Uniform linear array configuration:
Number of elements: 24
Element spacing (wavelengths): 0.75
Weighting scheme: exponential
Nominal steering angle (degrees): -45
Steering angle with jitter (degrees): -44.797
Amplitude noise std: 0.05
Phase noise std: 0.05

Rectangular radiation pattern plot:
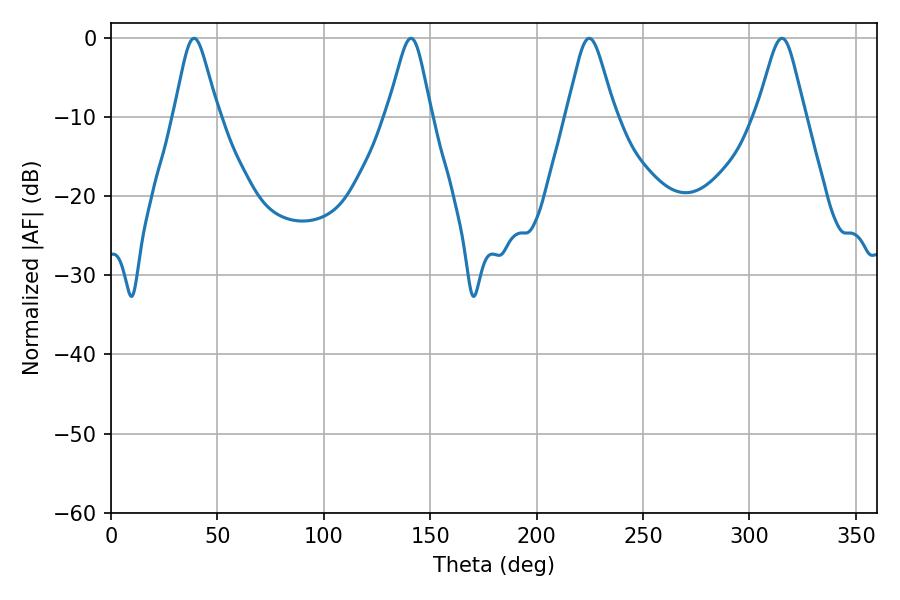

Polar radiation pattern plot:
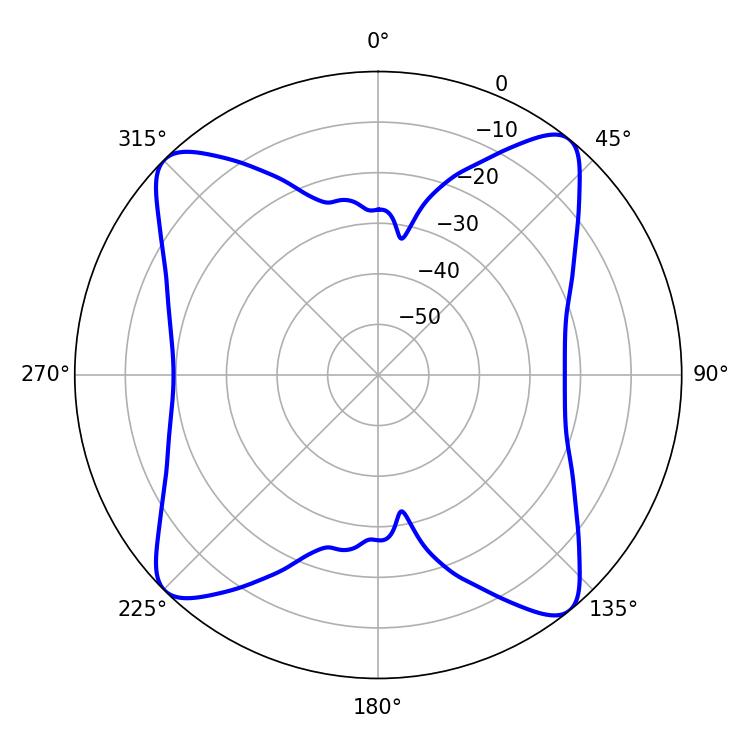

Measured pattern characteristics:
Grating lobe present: TRUE
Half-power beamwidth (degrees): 9.9
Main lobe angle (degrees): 140.94